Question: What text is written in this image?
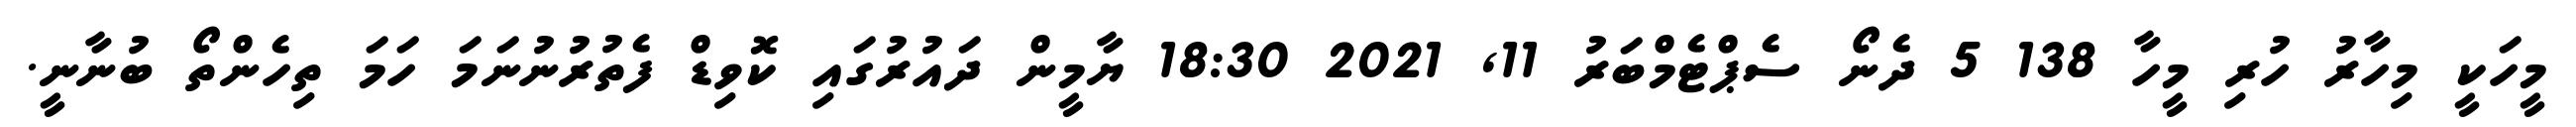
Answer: މީހަކީ މިހާރު ހުރި މީހާ 138 5 ދެނޯ ސެޕްޓެމްބަރު 11, 2021 18:30 ޔާމީން ދައުރުގައި ކޮވިޑް ފެތުރުނުނަމަ ހަމަ ތިހެންތޯ ބުނާނީ.